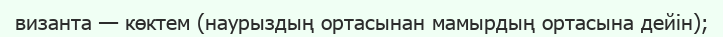
византа — көктем (наурыздың ортасынан мамырдың ортасына дейін);